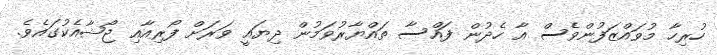
ހުރިހާ މުވައްޒަފުންވެސް އާ ހެދުން ފައްސާ ތައްޔާރުވަމުން ދިޔައީ ވަރަށް ފޯރިއާއި ޖޯޝާއެކުގައެވެ.